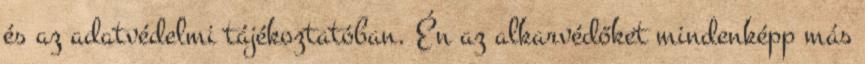
és az adatvédelmi tájékoztatóban. Én az alkarvédőket mindenképp más